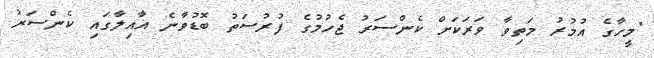
"މީހާގެ އުމުރު މަތިވާ ވަރަކަށް ކެންސަރު ޖެހުމުގެ ފުރުސަތު ބޮޑުވާނެ އާއިލާގައި ކެންސަރު